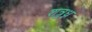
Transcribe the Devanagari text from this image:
शत्रुध्न